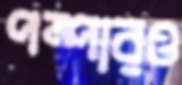
পম্পারও